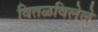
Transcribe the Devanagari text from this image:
वितळविलेले